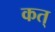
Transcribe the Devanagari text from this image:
कत्